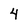
Character: 4